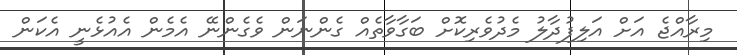
މިރާއްޖެ އަށް އަލިފުދާލު މެދުވެރިކޮށް ބަގާވާތެއް ގެންނަން ވެގެންނޭ އެމެން އެއުޅެނީ އެކަން